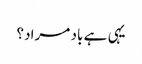
یہی ہے باد مراد؟